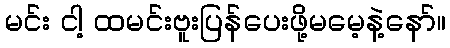
မင်း ငါ့ ထမင်းဗူးပြန်ပေးဖို့မမေ့နဲ့နော်။